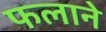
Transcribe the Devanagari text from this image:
फलाने